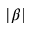
| \beta |